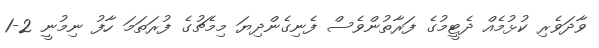
ވާދަވެރި ކުޅުމެއް ދެޓީމުގެ ފަރާތުންވެސް ފެނިގެންދިޔަ މިމެޗުގެ ފުރަތަމަ ހާފު ނިމުނީ 2-1